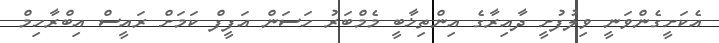
އެކަށީގެންވަނީ ވިލުފުށީ ދާއިރާގެ އިންތިޚާބީ މެމްބަރު ހަސަން އަފީފް ކަމަށް ރައީސް އިބްރާހިމް